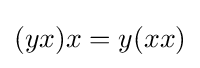
(yx)x=y(xx)